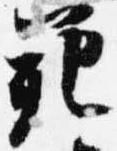
範